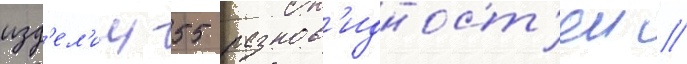
изд'ел'ии 55 разнов'идност'еи //